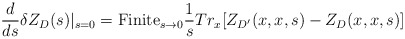
\begin{align*}{d\over {ds}}\delta Z_{D}(s)|_{s=0} =\hbox{Finite}_{s\to 0}{1\over s}Tr_x [ Z_{D'}(x,x,s) - Z_{D}(x,x,s)]\end{align*}